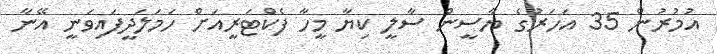
އުމުރުން 35 އަހަރުގެ ޔާސީން ސާލީ ކިޔާ މީހާ ފެކްޓަރީއަށް ހަމަލަދީފައިވަނީ އޭނާ